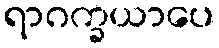
ရာဂက္ခယာပေ